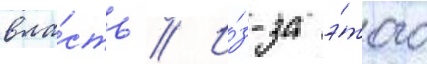
вла́сть // И́з-за э́того